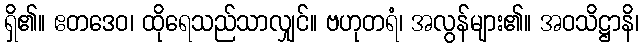
ရှိ၏။ ဧတဒေဝ၊ ထိုရေသည်သာလျှင်။ ဗဟုတရံ၊ အလွန်များ၏။ အဝသိဋ္ဌာနိ၊